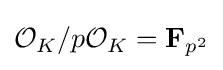
{\mathcal {O}}_{K}/p{\mathcal {O}}_{K}=\mathbf {F} _{p^{2}}